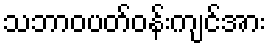
သဘာဝပတ်ဝန်းကျင်အား